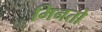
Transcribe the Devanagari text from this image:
मिनतो